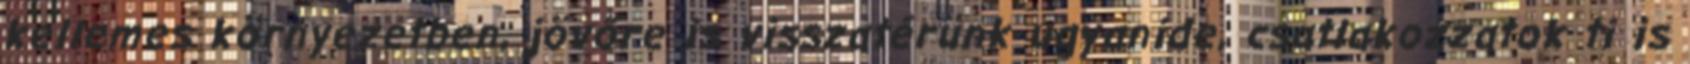
kellemes környezetben, jövőre is visszatérünk ugyanide, csatlakozzatok ti is